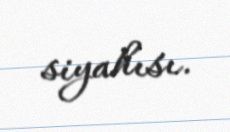
siyahısı.